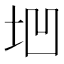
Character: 垇